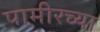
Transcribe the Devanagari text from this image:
पामीरच्या